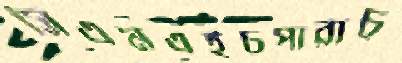
সিএমএইচপারাচ্